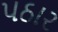
પઠાર